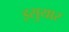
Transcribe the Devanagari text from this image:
इसुयार